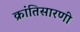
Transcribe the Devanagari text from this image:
क्रांतिसारणी